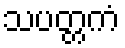
သပတ္တကံ